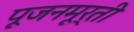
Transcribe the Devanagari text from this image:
पूजनमूर्ती